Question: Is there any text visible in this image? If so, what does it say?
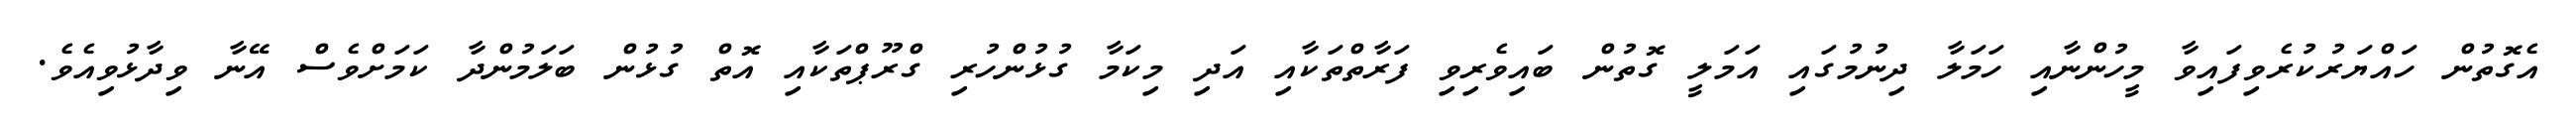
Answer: އެގޮތުން ހައްޔަރުކުރެވިފައިވާ މީހުންނާއި ހަމަލާ ދިނުމުގައި އަމަލީ ގޮތުން ބައިވެރިވި ފަރާތްތަކާއި އަދި މިކަމާ ގުޅުންހުރި ގްރޫޕްތަކާއި އޮތް ގުޅުން ބަލަމުންދާ ކަމަށްވެސް އޭނާ ވިދާޅުވިއެވެ.